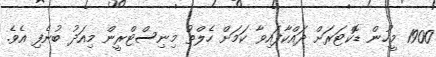
1900 މީހުން ޑޮކްޓަރަށް ދައްކާފައިވާ ކަމަށް ހެލްތު މިނިސްޓްރީން މިއަދު ބުނެފި އެވެ.